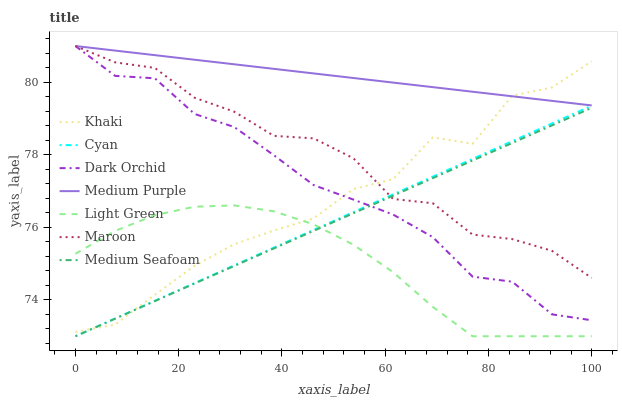
| xaxis_label | Khaki | Cyan | Dark Orchid | Medium Purple | Light Green | Maroon | Medium Seafoam |
 | --- | --- | --- | --- | --- | --- | --- | --- |
 | 0 | 73.1 | 73 | 81 | 81 | 75.3 | 81 | 73 |
 | 7.69 | 73.3 | 73.5 | 80.2 | 80.9 | 75.9 | 80.5 | 73.5 |
 | 15.4 | 74.1 | 74 | 80.1 | 80.7 | 76.3 | 80.4 | 74 |
 | 23.1 | 74.9 | 74.5 | 79.1 | 80.6 | 76.6 | 79.6 | 74.5 |
 | 30.8 | 75.5 | 75 | 78.8 | 80.5 | 76.6 | 79.2 | 74.9 |
 | 38.5 | 75.9 | 75.4 | 78 | 80.4 | 76.4 | 78.5 | 75.4 |
 | 46.2 | 76.2 | 75.9 | 77.2 | 80.2 | 76.1 | 78.5 | 75.9 |
 | 53.8 | 77.1 | 76.4 | 76.8 | 80.1 | 75.5 | 77.9 | 76.4 |
 | 61.5 | 77.3 | 76.9 | 76.4 | 80 | 74.8 | 76.8 | 76.9 |
 | 69.2 | 78.5 | 77.4 | 75.7 | 79.9 | 73.8 | 76.7 | 77.4 |
 | 76.9 | 78.3 | 77.9 | 74.6 | 79.7 | 73 | 75.8 | 77.8 |
 | 84.6 | 79.6 | 78.4 | 74.5 | 79.6 | 73 | 75.7 | 78.3 |
 | 92.3 | 79.9 | 78.9 | 73.6 | 79.5 | 73 | 75.4 | 78.8 |
 | 100 | 80.6 | 79.4 | 73.4 | 79.4 | 73 | 74.6 | 79.3 |